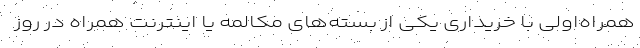
همراه‌اولی با خریداری یکی از بسته‌های مکالمه یا اینترنت همراه در روز